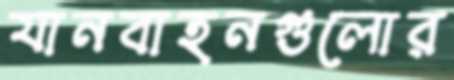
যানবাহনগুলোর